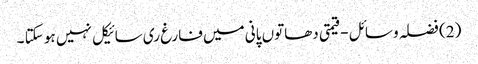
(2) فضلہ وسائل - قیمتی دھاتوں پانی میں فارغ ری سائیکل نہیں ہو سکتا ۔